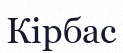
Кірбас